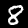
Label: 8